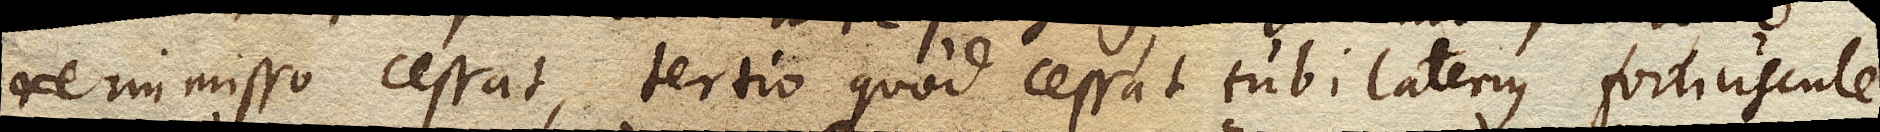
immisso cessat, tertio quod cessat tubi lateribus fortiuscule